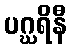
ပဂ္ဃရိနီ